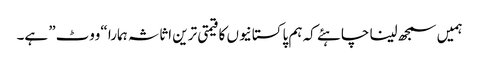
ہمیں سمجھ لینا چاہئے کہ ہم پاکستانیوں کا قیمتی ترین اثاثہ ہمارا “ووٹ” ہے۔